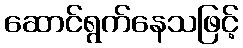
ဆောင်ရွက်နေသဖြင့်